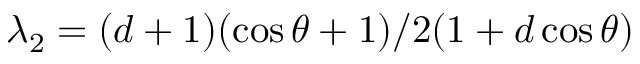
\lambda _ { 2 } = ( d + 1 ) ( \cos \theta + 1 ) / 2 ( 1 + d \cos \theta )